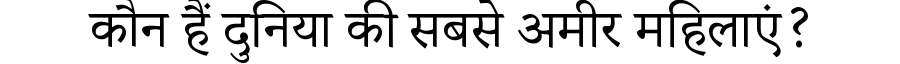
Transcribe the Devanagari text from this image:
कौन हैं दुनिया की सबसे अमीर महिलाएं?